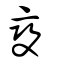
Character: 變